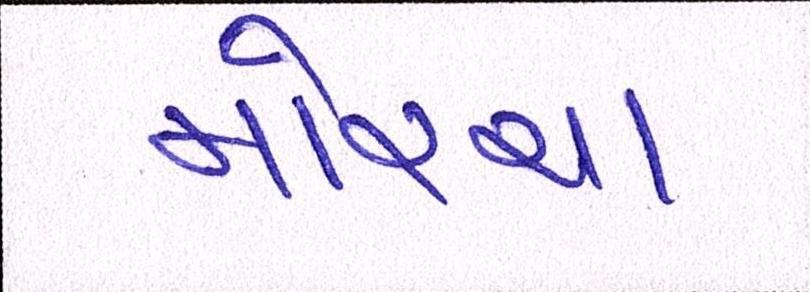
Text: મોરચા